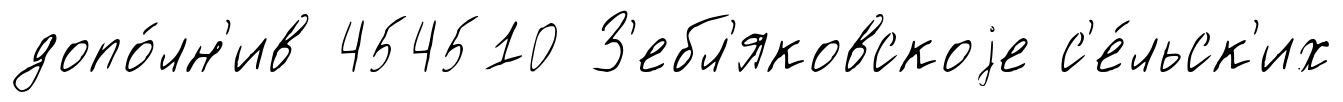
допо́лн'ив 454510 З'ебл'яковскоjе с'е́льск'их